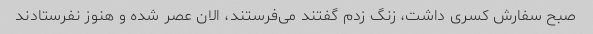
صبح سفارش کسری داشت، زنگ زدم گفتند می‌فرستند، الان عصر شده و هنوز نفرستادند